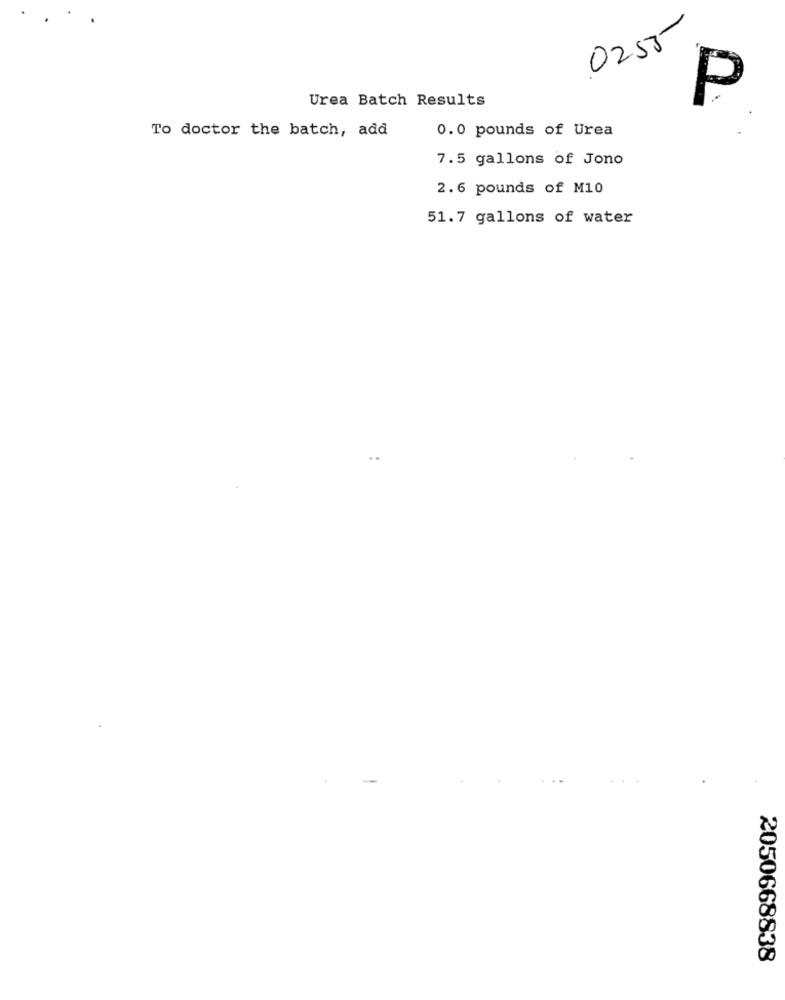
0255
Urea Batch Results
P
To doctor the batch, add
0.0 pounds of Urea
7.5 gallons of Jono
2.6 pounds of M10
51.7 gallons of water
2050668838